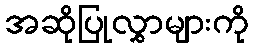
အဆိုပြုလွှာများကို